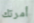
أمرتك